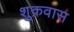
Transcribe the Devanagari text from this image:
शुक्रवास